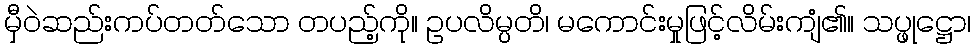
မှီဝဲဆည်းကပ်တတ်သော တပည့်ကို။ ဥပလိမ္ပတိ၊ မကောင်းမှုဖြင့်လိမ်းကျံ၏။ သပ္ဖုဋ္ဌော၊